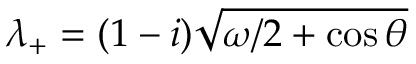
\lambda _ { + } = ( 1 - i ) \sqrt { \omega / 2 + \cos { \theta } }